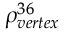
\rho _ { v e r t e x } ^ { 3 6 }